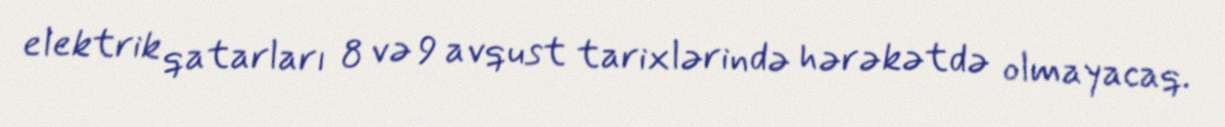
elektrik qatarları 8 və 9 avqust tarixlərində hərəkətdə olmayacaq.